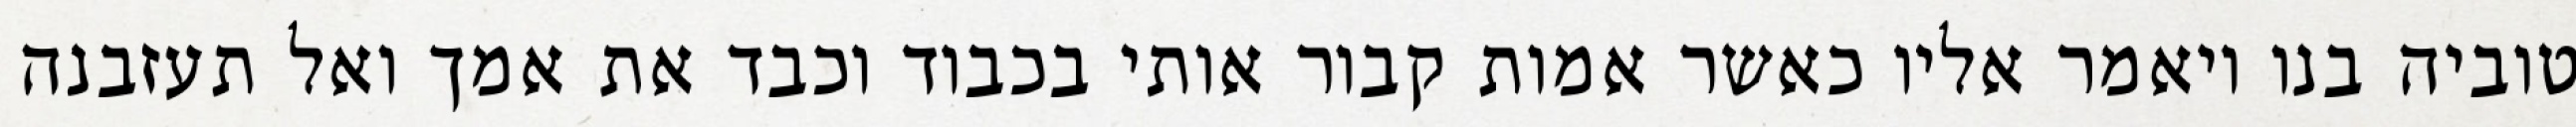
טוביה בנו ויאמר אליו כאשר אמות קבור אותי בכבוד וכבד את אמך ואל תעזבנה